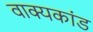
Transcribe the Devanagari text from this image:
वाक्यकांड